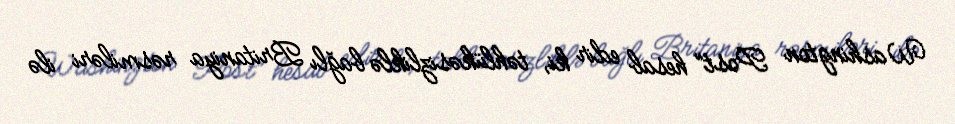
Washington Post” hesab edir ki, təhlükəsizliklə bağlı Britaniya rəsmiləri ilə